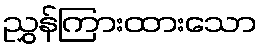
ညွှန်ကြားထားသော